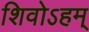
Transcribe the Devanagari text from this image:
शिवोऽहम्